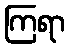
ကြရာ